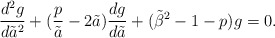
\begin{align*}{d^2g\over d{\tilde a}^2} + ({p\over \tilde a} -2 \tilde a){dg\over d\tilde a} + ({\tilde \beta}^2 -1 -p )g = 0.\end{align*}